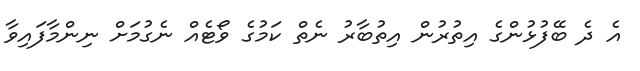
އެ ދެ ބޭފުޅުންގެ އިތުރުން އިތުބާރު ނެތް ކަމުގެ ވޯޓެއް ނެގުމަށް ނިންމާފައިވާ